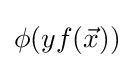
\phi (yf({\vec {x}}))